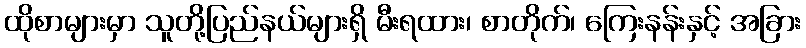
ထိုစာများမှာ သူတို့ပြည်နယ်များရှိ မီးရထား၊ စာတိုက်၊ ကြေးနန်းနှင့် အခြား